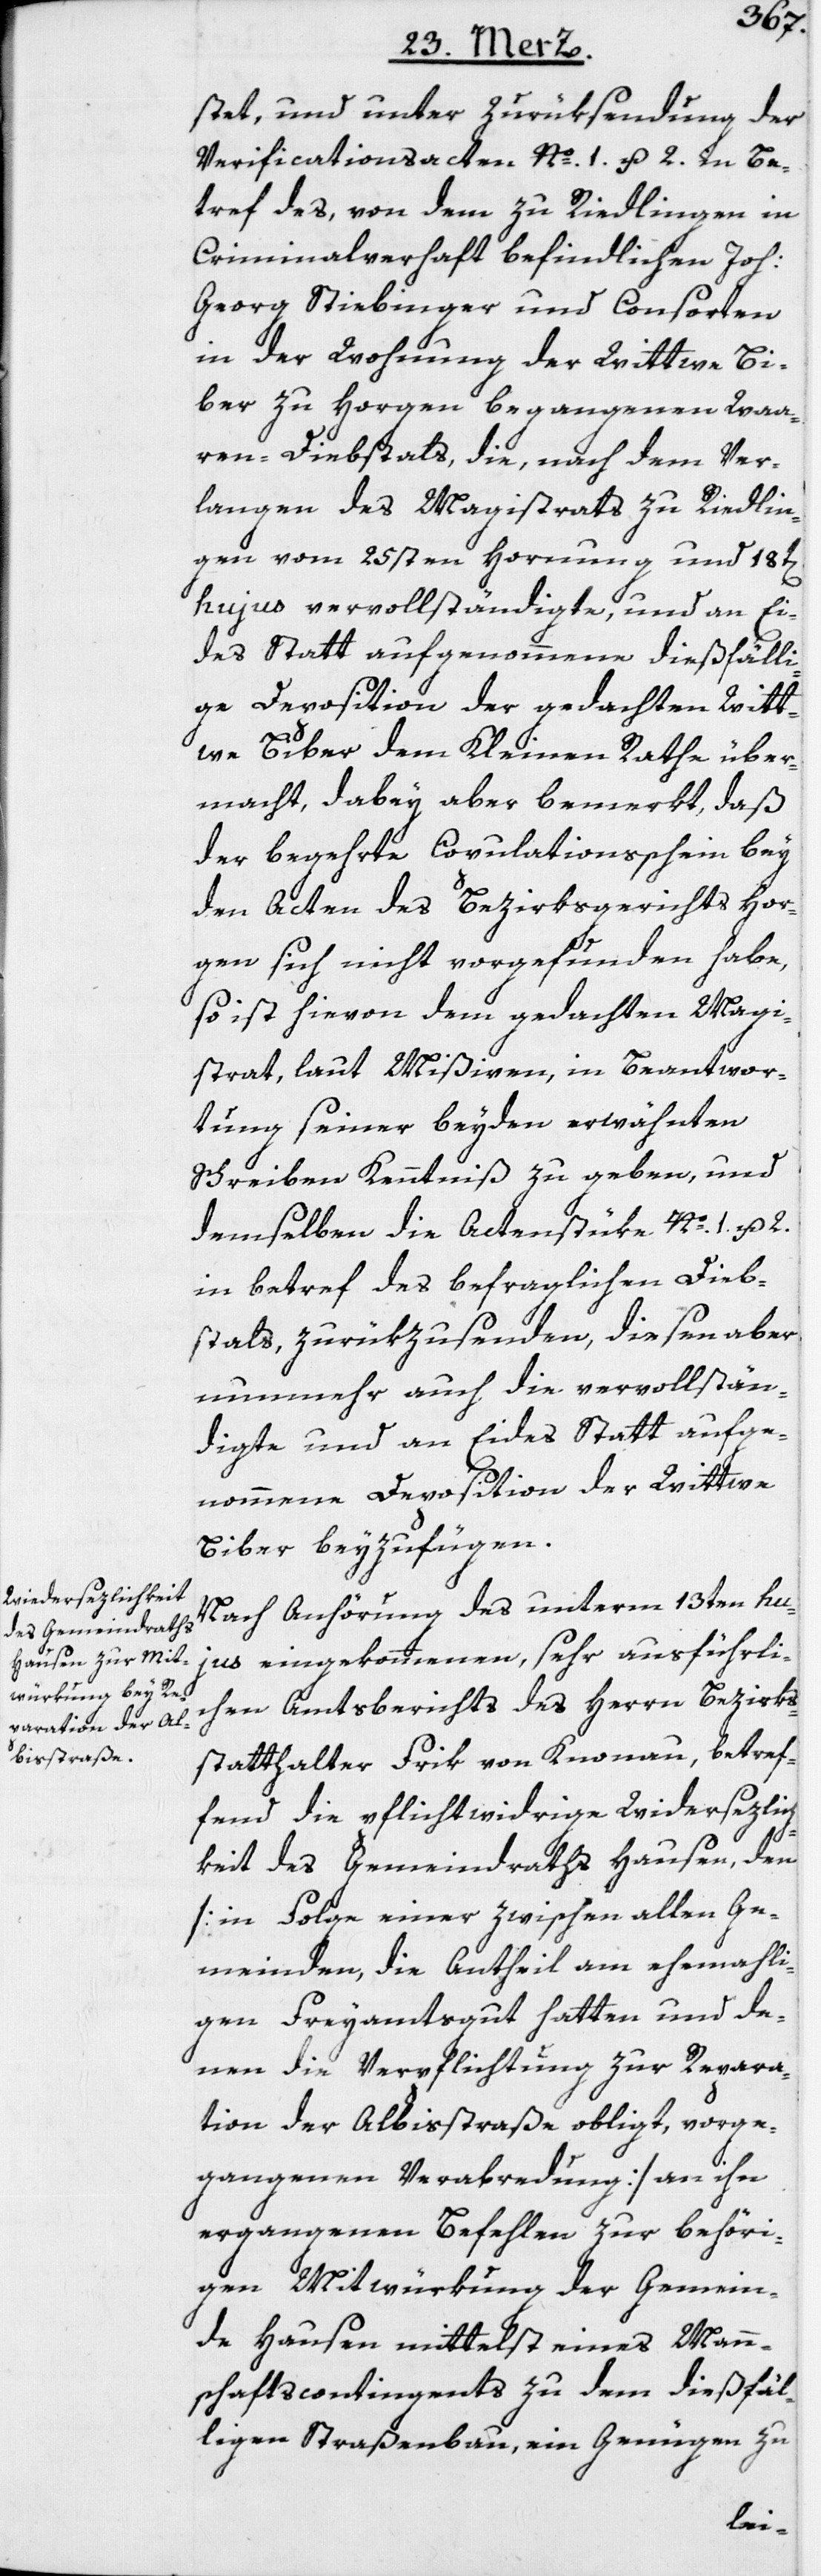
stet, und unter Zurüksendung der
Verificationsacten No. 1. u. 2. in Be¬
tref des, von dem zu Riedlingen in
Criminalverhaft befindlichen Joh:
Georg Stiebinger und Consorten
in der Wohnung der Wittwe Bi¬
ber zu Horgen begangenen Waa¬
ren-Diebstals, die, nach dem Ver¬
langen des Magistrats zu Riedlin¬
gen vom 25sten Hornung und 18t[en]
hujus vervollständigte, und an Ei¬
des Statt aufgenommene dießfälli¬
ge Deposition der gedachten Witt¬
we Biber dem Kleinen Rathe über¬
macht, dabey aber bemerkt, daß
der begehrte Copulationsschein bey
den Acten des Bezirksgerichts Hor¬
gen sich nicht vorgefunden habe,
so ist hievon dem gedachten Magi¬
strat, laut Mißiven, in Beantwor¬
tung seiner beyden erwähnten
Schreiben Kenntniß zu geben, und
demselben die Actenstüke No. 1. u. 2.
in betref des befraglichen Dieb¬
stals, zurükzusenden, diesen aber
nunmehr auch die vervollstän¬
digte und an Eides Statt aufge¬
nommene Deposition der Wittwe
Biber beyzufügen.
Nach Anhörung des unterm 13ten hu¬
jus eingekommenen, sehr ausführli¬
chen Amtsberichts des Herrn Bezirks¬
statthalter Frik von Knonau, betref¬
fend die pflichtwidrige Widersezlic¬
hkeit des Gemeindraths Hausen, den
[in Folge einer zwischen allen Ge¬
meinden, die Antheil am ehemahli¬
gen Freyamtsgut hatten und de¬
nen die Verpflichtung zur Repara¬
tion der Albisstraße obligt, vorge¬
gangenen Verabredung] an ihn
ergangenen Befehlen zur behöri¬
gen Mitwürkung der Gemein¬
de Hausen mittelst eines Mann¬
schaftscontingents zu dem dießfäl¬
ligen Straßenbau, ein Genügen zu